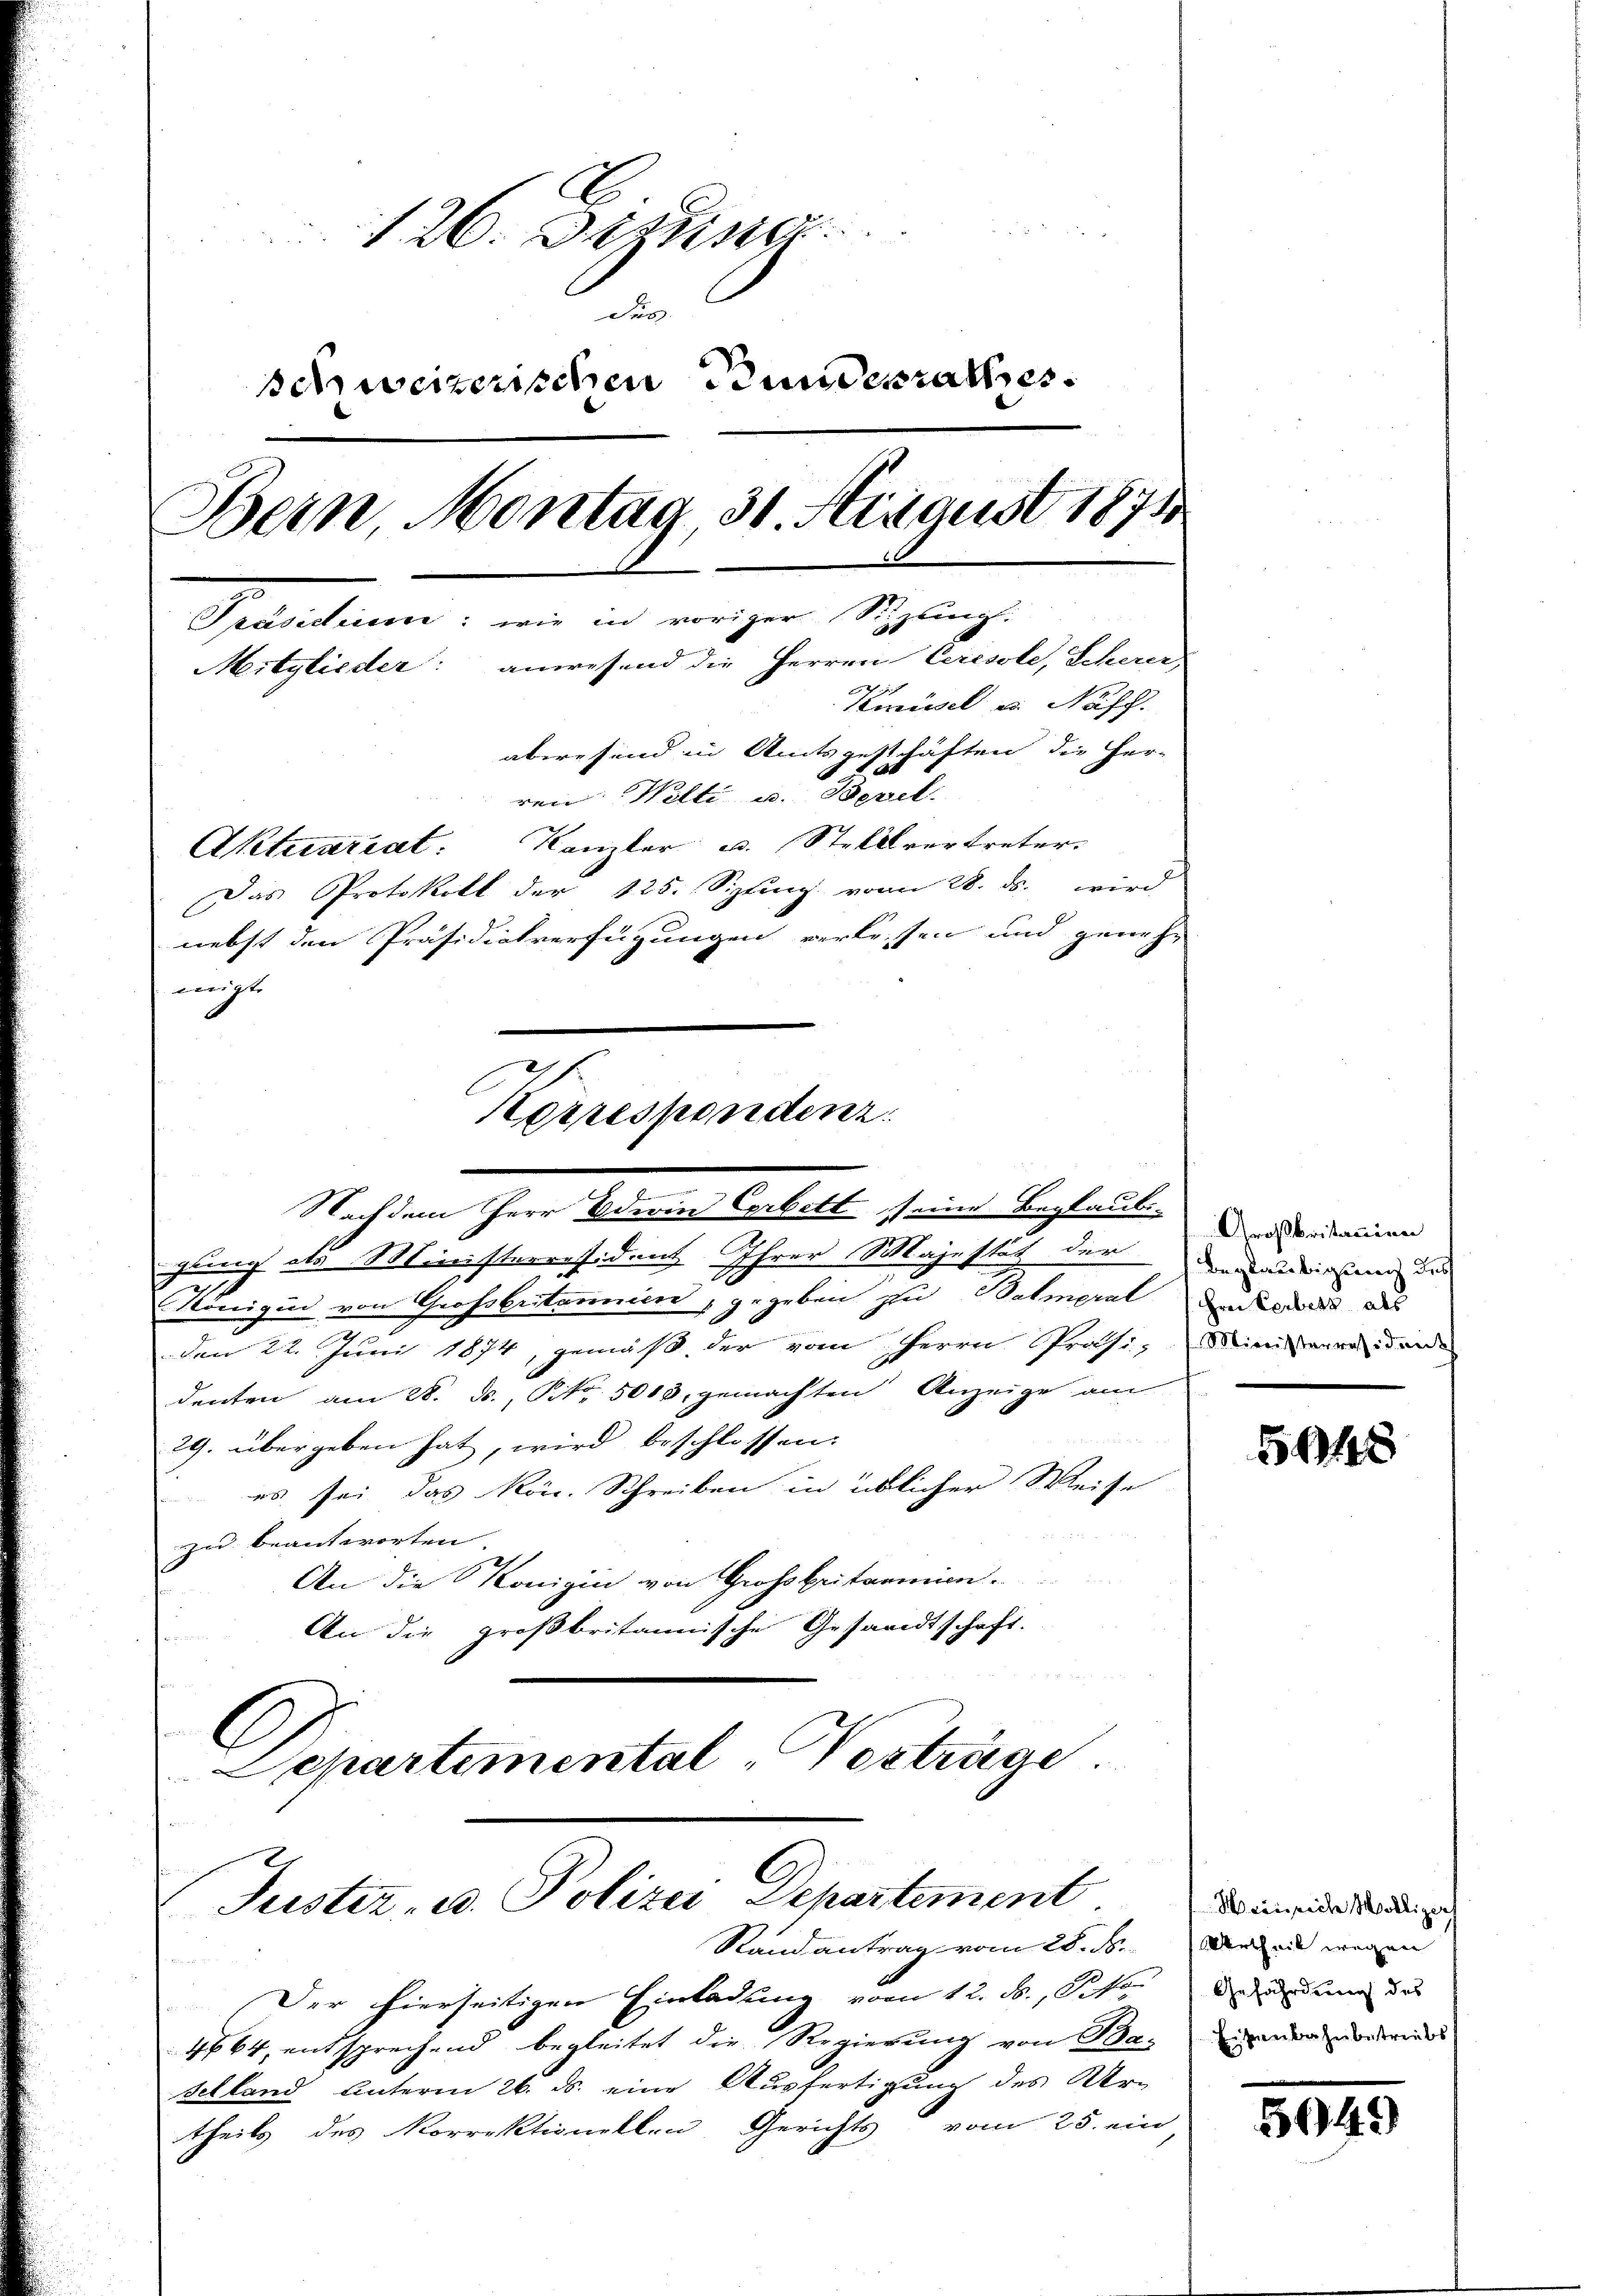
126. Dezung
Des
schweizerischen Bundesrathes
Bein Montag 31. August 1871
Prasadinen: wie in voriger Sipling.
Mitglieder: anwesend die Herren Ceresole, Scheuer
Knüsel u. Nacht.
abwesend in Amtsgeschäften die Her-
e
ren. Welti u. Bezel.
Aktuariat: Kanzler u. Stellvertreter-
Das Protokoll der 125. Sipfing vom 28. ds. wird
nebst den Präsidialverfügungen verlassen und geneh-
migt.

gung als Ministerresident Ihrer Majestät der
Königin von Großbritannien, gegeben zu Balmeral
den 22. Juni 1874, gemäβ der vom Herrn Präsi-
denten am 28. ds., Nr. 5000. gemachten Anzeige am
29. übergeben hat, wird beschlossen:
es sei das kön. Schreiben in üblicher Weise
zu beantworten
An die Königin von Großbritannien
An die großbritannische Gesandtschaft.
s
C
Separtemental-Vorträge.

.
Korrespondenz
Nachdem Herr Oderin Corbett eine Beglaub-

Guster, u. Polizei Departement

Stand antrag vom 28. d.
Der hierseitigen Einladung vom 12. ds., Poto
4864, entsprechend begleitet die Regierung von Baier ordre
Selland unterm 26. ds. eine Ausfertigung des Ur-
theils des Korrektionellen Gerichts vom 25. ein

Großbritanien
Beglaubigung des
Frei Verbetz als
Mioristerresident

5048

Weinsiche Milliger
Urtheil wegen
Gefährdung des

5949)